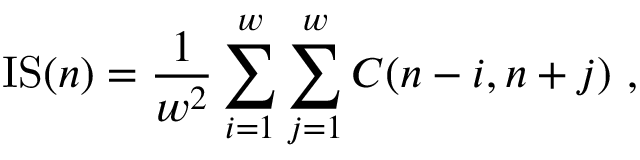
\mathrm { I S } ( n ) = \frac { 1 } { w ^ { 2 } } \sum _ { i = 1 } ^ { w } \sum _ { j = 1 } ^ { w } C ( n - i , n + j ) ~ ,